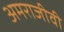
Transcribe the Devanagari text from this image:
अमराजीवी